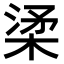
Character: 𣓥